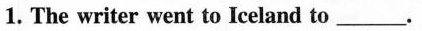
1. The writer went to Iceland to____.